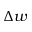
\Delta w